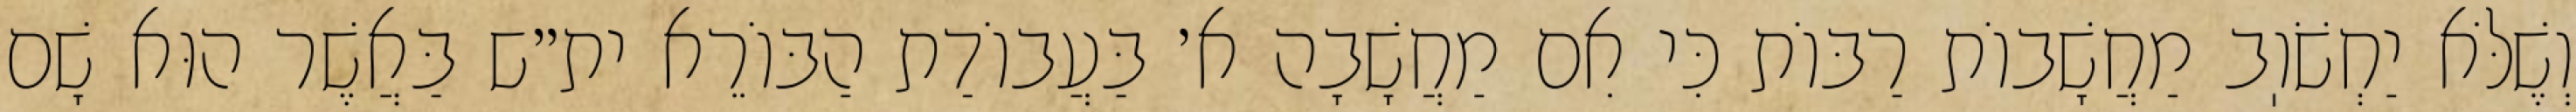
וְשֶׁלֹּא יַחְשֹׁוֽב מַחֲשָׁבוֹת רַבּוֹת כִּי אִם מַחֲשָׁבָה א׳ בַּעֲבוֹדַת הַבּוֹרֵא ית״ש בַּאֲשֶׁר הוּא שָׁם